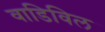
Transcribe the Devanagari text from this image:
वाडिविल